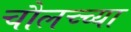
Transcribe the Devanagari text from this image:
चौलच्च्या